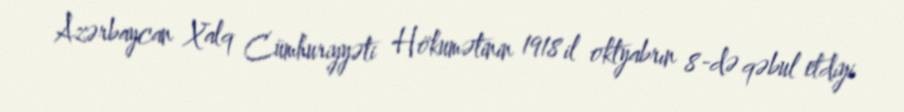
Azərbaycan Xalq Cümhuriyyəti Hökumətinin 1918 il oktyabrın 8-də qəbul etdiyi